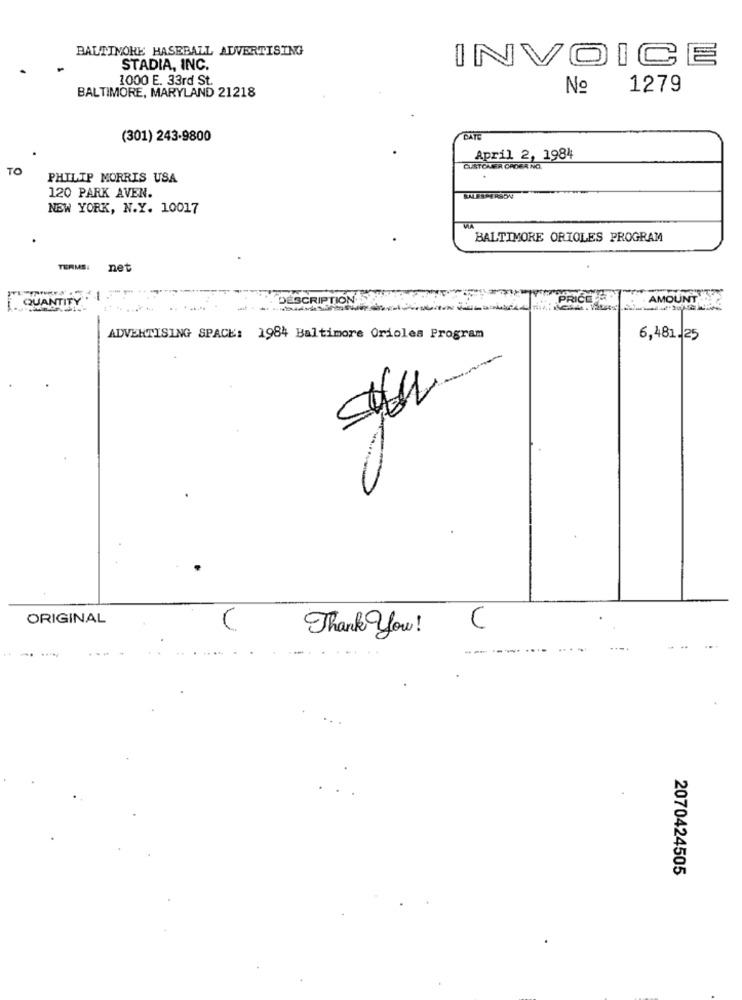
BALTINOHE HASEBALL ADVERTISING
INVOICE
STADIA, INC.
1000 E. 33rd St.
BALTIMORE, MARYLAND 21218
No
1279
(301) 243-9800
DATE
April 2, 1984
TO
CUSTOMER ORDER NO.
PHILIP MORRIS USA
120 PARK AVEN.
NEW YORK, N.Y. 10017
WA
BALTIMORE ORIOLES PROGRAM
TERMS:
net
QUANTITY
DESCRIPTION
PRICELA
.. ......
AMOUNT
ADVERTISING SPACE: 1984 Baltimore Orioles Program
6,481.25
ORIGINAL
U
Thank You!
.. ..
2070424505